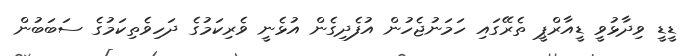
ޑީޑީ ވިދާޅުވީ ޑީއާރްޕީ ތެރޭގައި ހަމަނުޖެހުން އުފެދިގެން އުޅެނީ ވެރިކަމުގެ ދަހިވެތިކަމުގެ ސަބަބުން